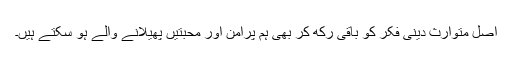
اصل متوارث دینی فکر کو باقی رکھ کر بھی ہم پرامن اور محبتیں پھیلانے والے ہو سکتے ہیں۔